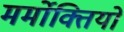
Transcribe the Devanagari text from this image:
मर्मोक्तियों